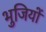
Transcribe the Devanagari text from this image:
भुजियों